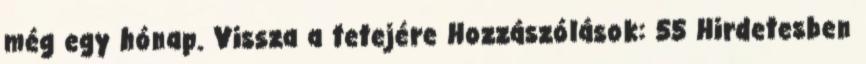
még egy hónap. Vissza a tetejére Hozzászólások: 55 Hirdetesben